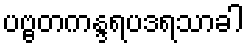
ပဗ္ဗတကန္ဒရပဒရသာခါ